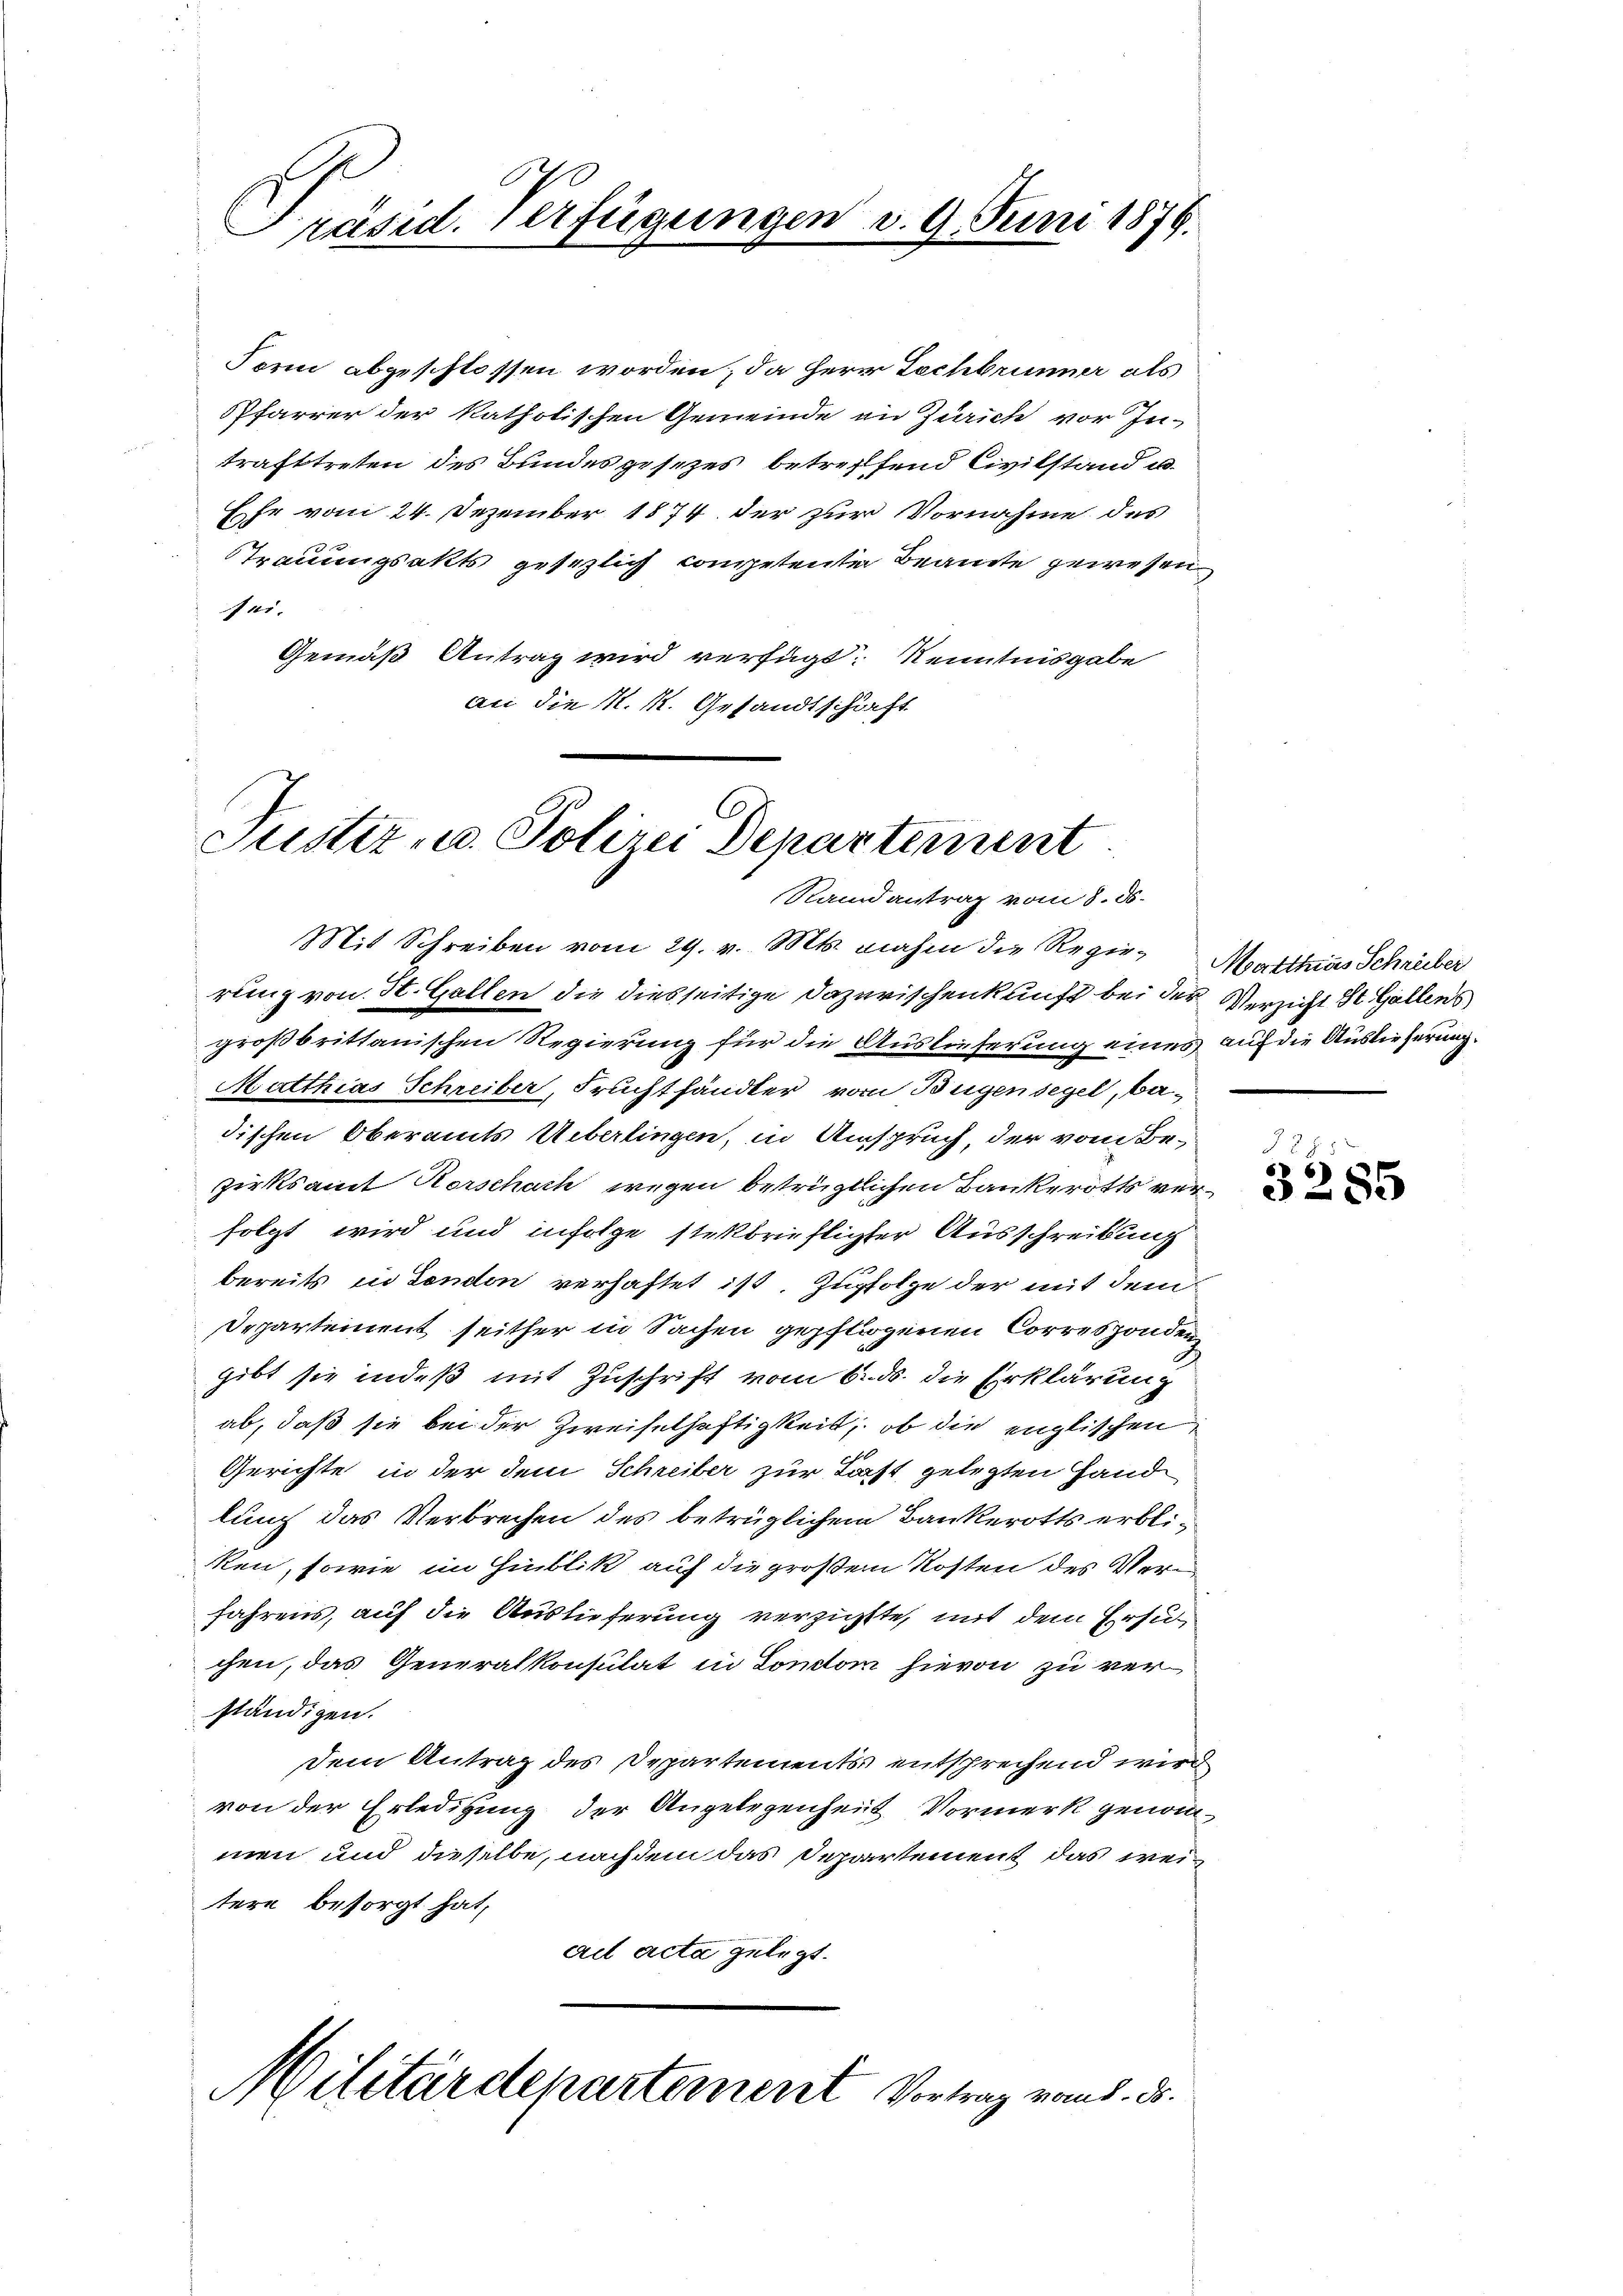
Präsid. Verfügungen d. 9. Juni 1879.

Form abgeschlossen worden; da Herr Lechbrunner als
Pfarrer der katholischen Gemeinde an Zürich vor In-
trafttreten des Bundesgesetzes, betreffend Civilstand u.
Ehr vom 24. Dezember 1874 der zur Vornahme des
Trauungsakts gesezlich competenten Beamte gewesen.
fei.
Gemäß Antrag wird verfügt: Kenntnisgabe
an die N. K. Gesandtschaft

Justiz u. Polizei Departement
Randantrag vom 8. 36.

Mit Schreiben vom 29. v. Mts. nahm die Regie-Matthias Schreiber
rung von St. Gallen die diesseitige dazurischenkunft bei der Versicht St. Gallens
großbrittanischen Regierung für die Auslieferung eines auf die Auslieferung.
Matthias Schreiber, Fruchthändler vom Bügensegel, bedischen Oberamts Ueberlingen, in Anspruch, der vom Be-
zirksamt Horschach wegen betrügtlichen Bankerotts verfolgt wird und infolge stekbrüfligter Ausschreibung
bereits in Sendon verhaftet ist. Zufolge der mit dem
Departement seither in Sachen gepflogenen Corresponden
gibt sie indeß mit Zuschrift vom 6. ds. die Erklärung
ab, daß sie bei der Zweifelhaftigkeit, ob die englischen
Gerichte in der dem Schreiber zur Last gelegten Hand
lung das Verbrechen des betrüglichem Bankerotts erbliken, sowie im Hinblik auf die großem Kosten des Verfahrens, auf die Auslieferung verzichte, mit dem Ersuchen, das Generalkonsulat in Sonstor hievon zu verständigen.
Dem Antrag des Departements entsprechend wird
von der Erledigung der Angelegenheit Vormerk genommen und dieselbe, nachdem das Departement das weitere besorgt hat,
ad acta gelegt.
Militärdepartement Vortrag vom 5. d.

328:
3285